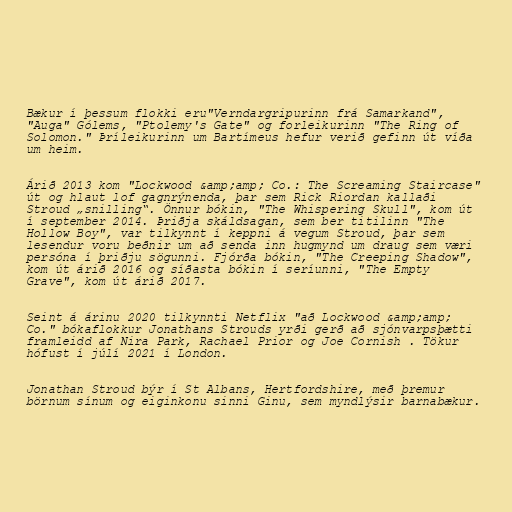
Bækur í þessum flokki eru"Verndargripurinn frá Samarkand",
"Auga" Gólems, "Ptolemy's Gate" og forleikurinn "The Ring of
Solomon." Þríleikurinn um Bartímeus hefur verið gefinn út víða
um heim.

Árið 2013 kom "Lockwood &amp;amp; Co.: The Screaming Staircase"
út og hlaut lof gagnrýnenda, þar sem Rick Riordan kallaði
Stroud „snilling“. Önnur bókin, "The Whispering Skull", kom út
í september 2014. Þriðja skáldsagan, sem ber titilinn "The
Hollow Boy", var tilkynnt í keppni á vegum Stroud, þar sem
lesendur voru beðnir um að senda inn hugmynd um draug sem væri
persóna í þriðju sögunni. Fjórða bókin, "The Creeping Shadow",
kom út árið 2016 og síðasta bókin í seríunni, "The Empty
Grave", kom út árið 2017.

Seint á árinu 2020 tilkynnti Netflix "að Lockwood &amp;amp;
Co." bókaflokkur Jonathans Strouds yrði gerð að sjónvarpsþætti
framleidd af Nira Park, Rachael Prior og Joe Cornish . Tökur
hófust í júlí 2021 í London.

Jonathan Stroud býr í St Albans, Hertfordshire, með þremur
börnum sínum og eiginkonu sinni Ginu, sem myndlýsir barnabækur.